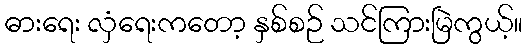
ဓားရေး လှံရေးကတော့ နှစ်စဉ် သင်ကြားမြဲကွယ့်။